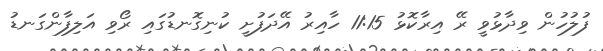
ފުލުހުން ވިދާޅުވީ ރޭ އިރާކޮޅު 11:15 ހާއިރު އޭދަފުށީ ކުނިގޮނޑުގައި ރޯވި އަލިފާންގަނޑު